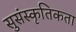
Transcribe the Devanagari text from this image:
सुसंस्कृतिकता